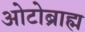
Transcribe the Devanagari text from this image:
ओटोब्राह्म